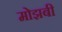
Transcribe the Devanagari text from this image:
मोझबी